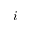
i